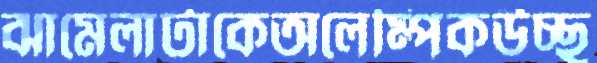
ঝামেলাটাকেঅলেম্পিকউচ্ছ্ব